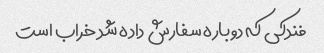
فندکی که دوباره سفارش داده شد خراب است